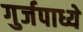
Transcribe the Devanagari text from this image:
गुर्जपाध्ये